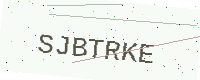
Text: SJBTRKE